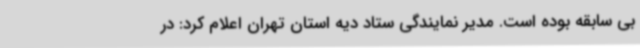
بی سابقه بوده است. مدیر نمایندگی ستاد دیه استان تهران اعلام کرد: در